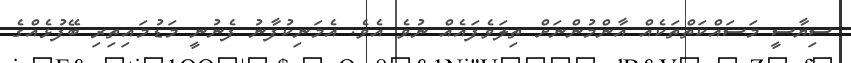
ސިޔާސީ މަސައްކަތްތަކެއް އާންމުންނަށް ތިލަވެފައެއް ނުވެ އެވެ. އެމަނިކުފާނު ފެނުނީ މަޑުމައިތިރި ބޭފުޅެއްގެ